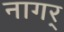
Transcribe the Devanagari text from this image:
नागर्